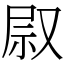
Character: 叞